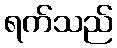
ရက်သည်